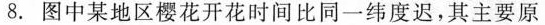
8.图中某地区樱花开花时间比同一纬度迟，其主要原